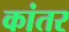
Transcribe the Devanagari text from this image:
कांतर